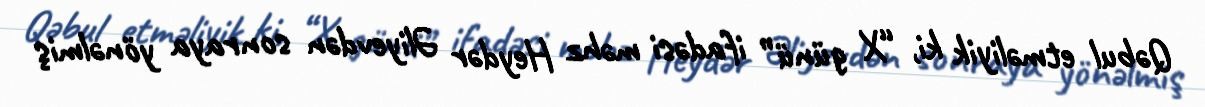
Qəbul etməliyik ki, “X günü” ifadəsi məhz Heydər Əliyevdən sonraya yönəlmiş